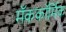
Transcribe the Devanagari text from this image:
मॅककॉर्मिक